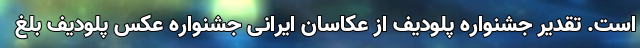
است. تقدیر جشنواره پلودیف از عکاسان ایرانی جشنواره عکس پلودیف بلغ